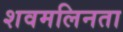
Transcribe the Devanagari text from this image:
शवमलिनता